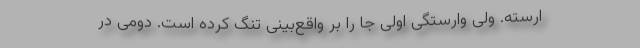
ارسته. ولی وارستگی اوّلی جا را بر واقع‌بینی تنگ کرده است. دومی در